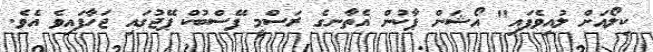
ކިލޯއަށް ލުއިވެފައި" އޯޝަން ޕާކުން އެތާނގެ ރަސްމީ ފޭސްބުކް ޕޭޖުގައި ޖަހާފައިވެ އެވެ.